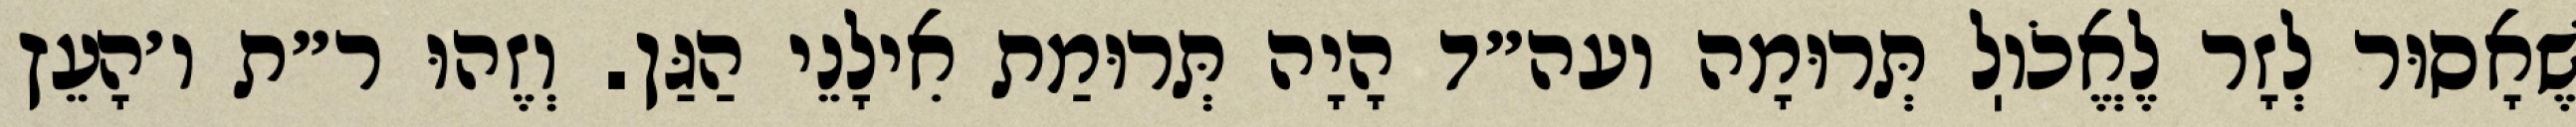
שֶׁאָסוּר לְזָר לֶאֱכֹוֽל תְּרוּמָה ועה״ד הָיָה תְּרוּמַת אִילָנֵי הַגַּן. וְזֶהוּ ר״ת ו׳הָעֵץ